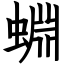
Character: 蜵